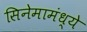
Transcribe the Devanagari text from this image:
सिनेमामंध्ये